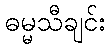
ဓမ္မသီချင်း